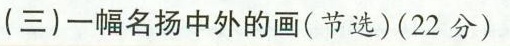
(三) 一幅名扬中外的画(节选)(22分)